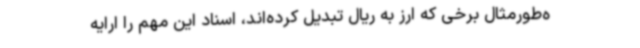
ه‌طورمثال برخی که ارز به ریال تبدیل کرده‌اند، اسناد این مهم را ارایه